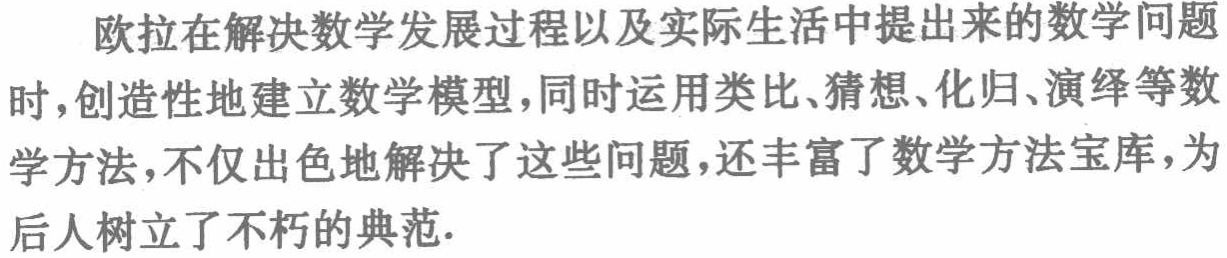
欧拉在解决数学发展过程以及实际生活中提出来的数学问题时,创造性地建立数学模型,同时运用类比、猜想、化归、演绎等数学方法,不仅出色地解决了这些问题,还丰富了数学方法宝库,为后人树立了不朽的典范.